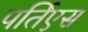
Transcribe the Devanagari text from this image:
पर्तिएस